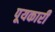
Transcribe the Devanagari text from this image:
पूयकारी